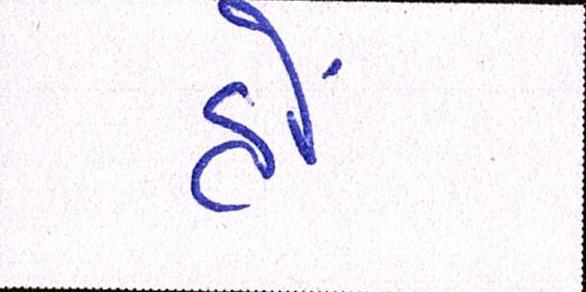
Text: હોં